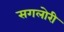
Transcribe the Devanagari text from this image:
सगलोरी